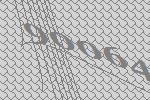
90064